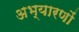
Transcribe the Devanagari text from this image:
अभ्यारणों